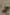
ج